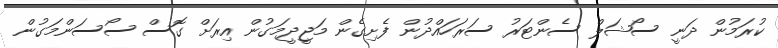
ކުރަމުން ދަނީ ސޯޝަލް ސެންޓަރު ސަރަހައްދުން ފެށިގެން މަޖީދީމަގުން އިރަށް ގޮސް ސޯސަންމަގުން